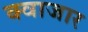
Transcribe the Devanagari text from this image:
क्वाजार